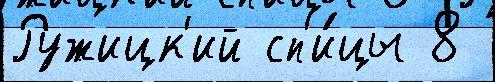
Ружицк'ий сп'и́цы 8